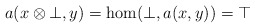
\begin{align*} a(x\otimes \bot,y)=\hom(\bot,a(x,y))=\top \end{align*}